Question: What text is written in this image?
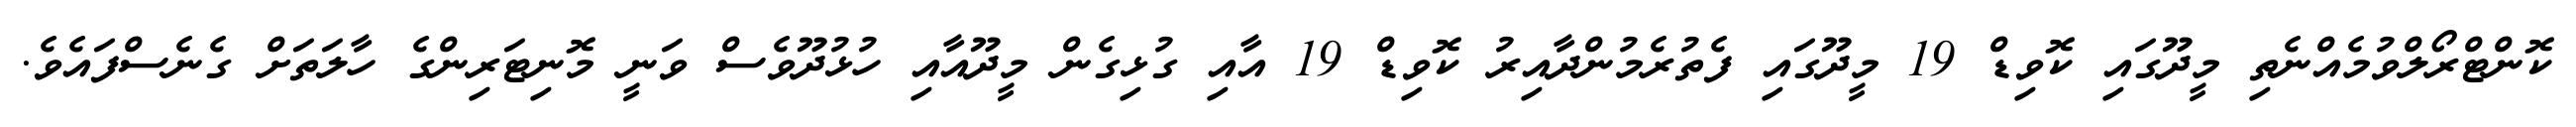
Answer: ކޮންޓްރޯލްވުމެއްނެތި މީދޫގައި ކޮވިޑް 19 މީދޫގައި ފެތުރެމުންދާއިރު ކޮވިޑް 19 އާއި ގުޅިގެން މީދޫއާއި ހުޅުދޫވެސް ވަނީ މޮނިޓަރިންގެ ހާލަތަށް ގެނެސްފައެވެ.